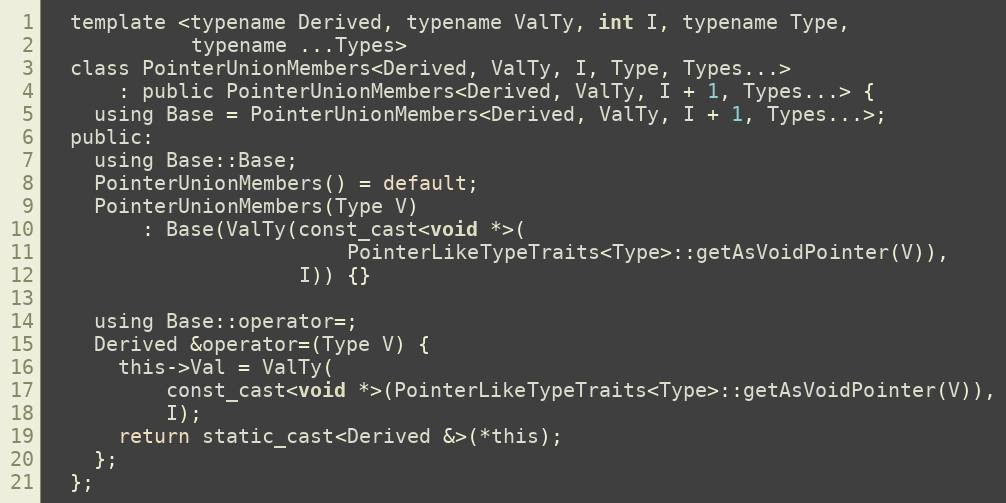
Language: C
  template <typename Derived, typename ValTy, int I, typename Type,
            typename ...Types>
  class PointerUnionMembers<Derived, ValTy, I, Type, Types...>
      : public PointerUnionMembers<Derived, ValTy, I + 1, Types...> {
    using Base = PointerUnionMembers<Derived, ValTy, I + 1, Types...>;
  public:
    using Base::Base;
    PointerUnionMembers() = default;
    PointerUnionMembers(Type V)
        : Base(ValTy(const_cast<void *>(
                         PointerLikeTypeTraits<Type>::getAsVoidPointer(V)),
                     I)) {}

    using Base::operator=;
    Derived &operator=(Type V) {
      this->Val = ValTy(
          const_cast<void *>(PointerLikeTypeTraits<Type>::getAsVoidPointer(V)),
          I);
      return static_cast<Derived &>(*this);
    };
  };